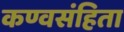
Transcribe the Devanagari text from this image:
कण्वसंहिता